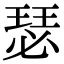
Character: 瑟